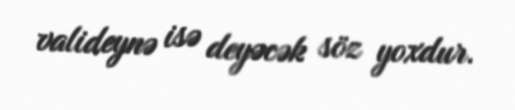
valideynə isə deyəcək söz yoxdur.